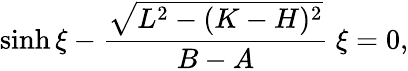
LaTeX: \sinh\xi-\frac{\sqrt{L^{2}-(K-H)^{2}}}{B-A}~\xi=0,